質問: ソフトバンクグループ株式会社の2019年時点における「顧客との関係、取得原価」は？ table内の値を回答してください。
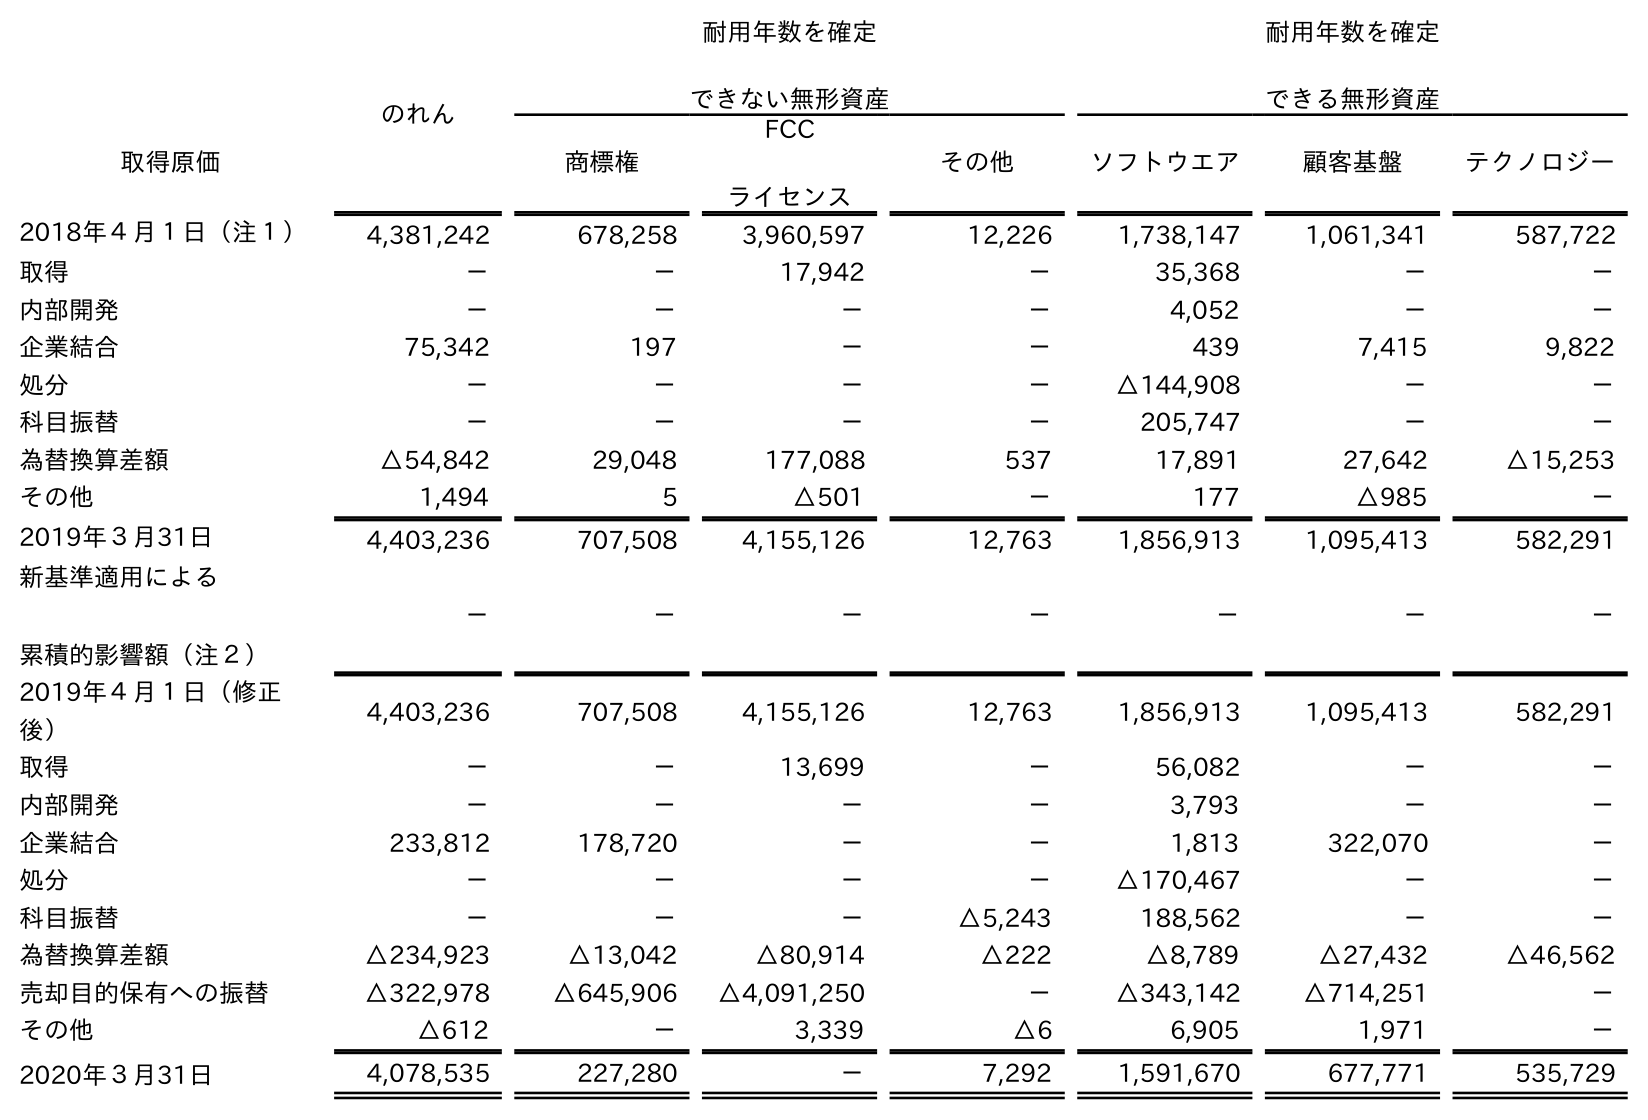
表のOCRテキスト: のれん 耐用年数を確定 できない無形資産 耐用年数を確定 できる無形資産 取得原価 商標権 FCC ライセンス その他 ソフトウエア 顧客基盤 テクノロジー 2018年４月１日（注１） 4,381,242 678,258 3,960,597 12,226 1,738,147 1,061,341 587,722 取得 － － 17,942 － 35,368 － － 内部開発 － － － － 4,052 － － 企業結合 75,342 197 － － 439 7,415 9,822 処分 － － － － △144,908 － － 科目振替 － － － － 205,747 － － 為替換算差額 △54,842 29,048 177,088 537 17,891 27,642 △15,253 その他 1,494 5 △501 － 177 △985 － 2019年３月31日 4,403,236 707,508 4,155,126 12,763 1,856,913 1,095,413 582,291 新基準適用による 累積的影響額（注２） － － － － － － － 2019年４月１日（修正 後） 4,403,236 707,508 4,155,126 12,763 1,856,913 1,095,413 582,291 取得 － － 13,699 － 56,082 － － 内部開発 － － － － 3,793 － － 企業結合 233,812 178,720 － － 1,813 322,070 － 処分 － － － － △170,467 － － 科目振替 － － － △5,243 188,562 － － 為替換算差額 △234,923 △13,042 △80,914 △222 △8,789 △27,432 △46,562 売却目的保有への振替 △322,978 △645,906 △4,091,250 － △343,142 △714,251 － その他 △612 － 3,339 △6 6,905 1,971 － 2020年３月31日 4,078,535 227,280 － 7,292 1,591,670 677,771 535,729
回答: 1,095,413